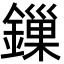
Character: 鏁